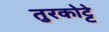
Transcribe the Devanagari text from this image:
तुरकोट्टे